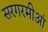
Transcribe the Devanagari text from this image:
सरगरमीआं